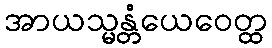
အာယသ္မန္တံယေဝေတ္ထ